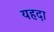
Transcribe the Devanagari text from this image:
यहदा